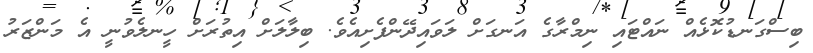
ބިސްގަނޑުކޮޅެއް ނައްޓައި ނިމްރާގެ އަނގަށް ލަވައިދޭންފެށިއެވެ. ބިލާލަށް އިތުރަށް ހީނލެވުނީ އެ މަންޒަރު